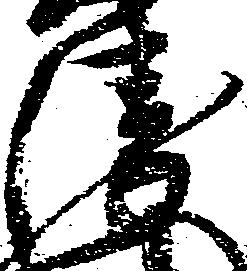
衛